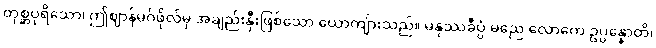
တုစ္ဆပုရိသော၊ ဤဈာန်မဂ်ဖိုလ်မှ အချည်းနှီးဖြစ်သော ယောကျ်ားသည်။ မနုဿခီပ္ပံ မညေ လောကေ ဥပ္ပန္နောတိ၊